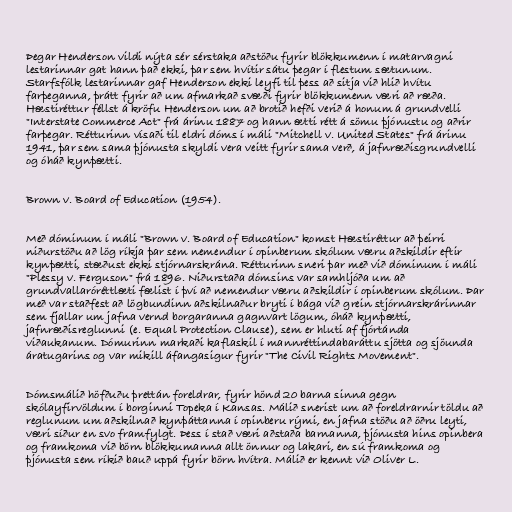
Þegar Henderson vildi nýta sér sérstaka aðstöðu fyrir blökkumenn í matarvagni
lestarinnar gat hann það ekki, þar sem hvítir sátu þegar í flestum sætunum.
Starfsfólk lestarinnar gaf Henderson ekki leyfi til þess að sitja við hlið hvítu
farþeganna, þrátt fyrir að um afmarkað svæði fyrir blökkumenn væri að ræða.
Hæstiréttur féllst á kröfu Henderson um að brotið hefði verið á honum á grundvelli
"Interstate Commerce Act" frá árinu 1887 og hann ætti rétt á sömu þjónustu og aðrir
farþegar. Rétturinn vísaði til eldri dóms í máli "Mitchell v. United States" frá árinu
1941, þar sem sama þjónusta skyldi vera veitt fyrir sama verð, á jafnræðisgrundvelli
og óháð kynþætti.

Brown v. Board of Education (1954).

Með dóminum í máli "Brown v. Board of Education" komst Hæstiréttur að þeirri
niðurstöðu að lög ríkja þar sem nemendur í opinberum skólum væru aðskildir eftir
kynþætti, stæðust ekki stjórnarskrána. Rétturinn sneri þar með við dóminum í máli
"Plessy v. Ferguson" frá 1896. Niðurstaða dómsins var samhljóða um að
grundvallaróréttlæti fælist í því að nemendur væru aðskildir í opinberum skólum. Þar
með var staðfest að lögbundinn aðskilnaður bryti í bága við grein stjórnarskrárinnar
sem fjallar um jafna vernd borgaranna gagnvart lögum, óháð kynþætti,
jafnræðisreglunni (e. Equal Protection Clause), sem er hluti af fjórtánda
viðaukanum. Dómurinn markaði kaflaskil í mannréttindabaráttu sjötta og sjöunda
áratugarins og var mikill áfangasigur fyrir "The Civil Rights Movement".

Dómsmálið höfðuðu þrettán foreldrar, fyrir hönd 20 barna sinna gegn
skólayfirvöldum í borginni Topeka í Kansas. Málið snerist um að foreldrarnir töldu að
reglunum um aðskilnað kynþáttanna í opinberu rými, en jafna stöðu að öðru leyti,
væri síður en svo framfylgt. Þess í stað væri aðstaða barnanna, þjónusta hins opinbera
og framkoma við börn blökkumanna allt önnur og lakari, en sú framkoma og
þjónusta sem ríkið bauð uppá fyrir börn hvítra. Málið er kennt við Oliver L.